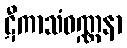
ဋီကာသံဝဏ္ဏနာ